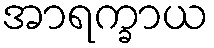
အာရက္ခာယ